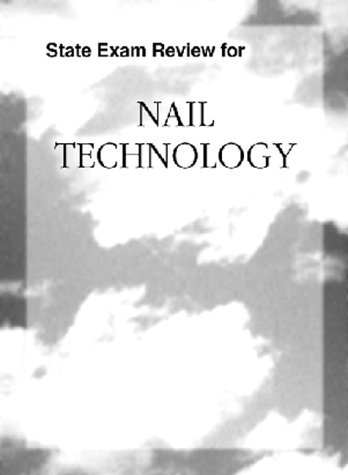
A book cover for State Exam Review for Nail Technology; Milady; Health, Fitness & Dieting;